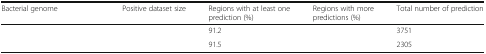
<table><thead><tr><td><b>Bacterial genome</b></td><td><b>Positive dataset size</b></td><td><b>Regions with at least one prediction (%)</b></td><td><b>Regions with more predictions (%)</b></td><td><b>Total number of prediction</b></td></tr></thead><tbody><tr><td>[EMPTY_CELL]</td><td>[EMPTY_CELL]</td><td>91.2</td><td>[EMPTY_CELL]</td><td>3751</td></tr><tr><td>[EMPTY_CELL]</td><td>[EMPTY_CELL]</td><td>91.5</td><td>[EMPTY_CELL]</td><td>2305</td></tr></tbody></table>